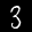
Label: 3